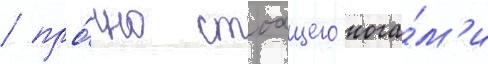
/ про́чно стоащего нога́м'и